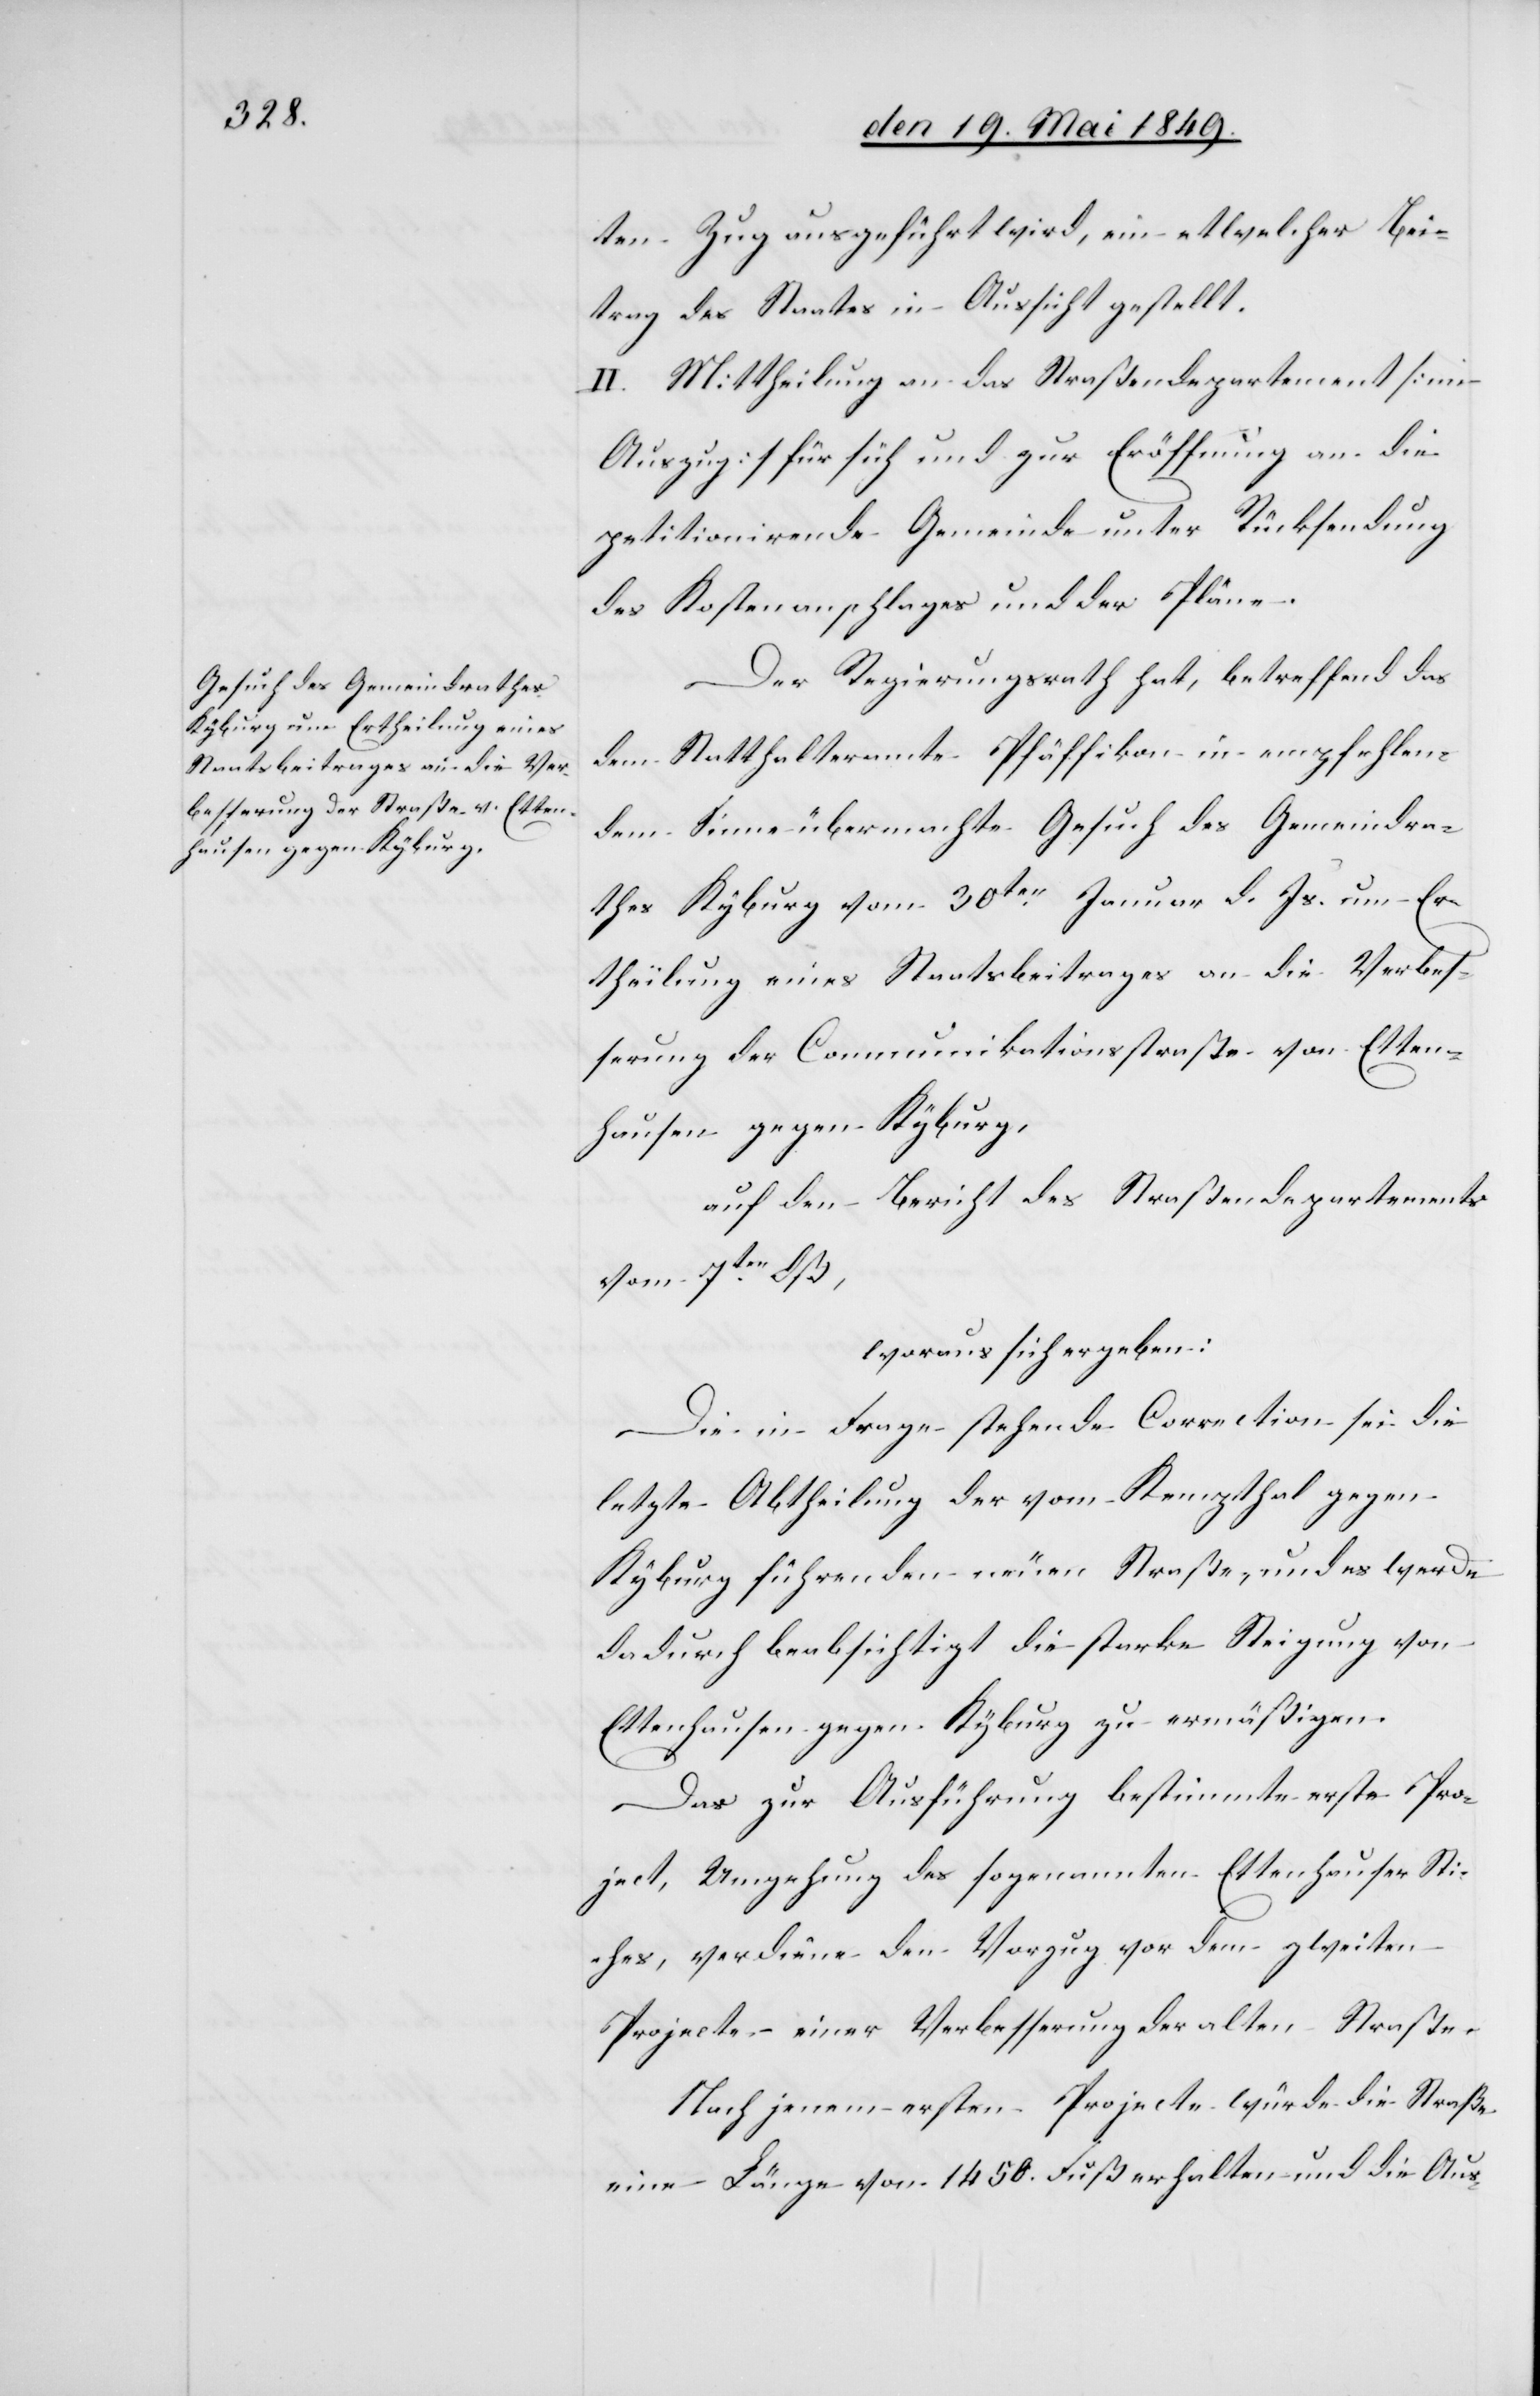
ten Zug ausgeführt wird, ein etwelcher Bei¬
trag des Staates in Aussicht gestellt.
II. Mittheilung an das Straßendepartement [im
Auszug] für sich und zur Eröffnung an die
petitionirende Gemeinde unter Rücksendung
des Kostenanschlages und der Pläne.
Der Regierungsrath hat, betreffend das
dem Statthalteramte Pfäffikon in empfehlen¬
dem Sinne übermachte Gesuch des Gemeindra¬
thes Kyburg vom 30ten Januar d. Js. um Er¬
theilung eines Staatsbeitrages an die Verbes¬
serung der Communikationsstraße von Etten¬
hausen gegen Kyburg,
auf den Bericht des Straßendepartements
vom 7ten dß,
woraus sich ergeben:
Die in Frage stehende Correction sei die
letzte Abtheilung der vom Kempthal gegen
Kyburg führenden neuen Straße, und es werde
da durch beabsichtigt die Strecke Steigung von
Ettenhausen gegen Kyburg zu ermäßigen.
Das zur Ausführung bestimmte erste Pro¬
ject, Umgehung des sogenannten Ettenhauser Sti¬
ches, verdiene den Vorzug vor dem zweiten
Projecte einer Verbesserung der alten Straße
Nach jenem ersten Projecte würde die Straße
eine Länge von 1 450 Fuß erhalten und die Aus-